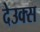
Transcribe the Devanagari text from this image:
देउक्स